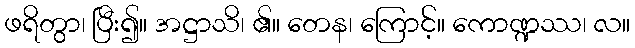
ဖရိတွာ၊ ပြီး၍။ အဋ္ဌာသိ၊ ၏။ တေန၊ ကြောင့်။ ကောဏ္ဍဿ၊ လ။